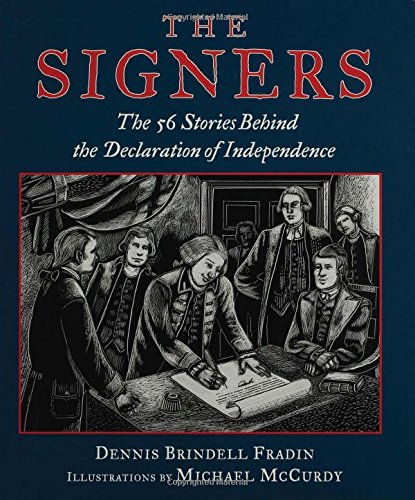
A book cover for The Signers: The 56 Stories Behind the Declaration of Independence; Dennis Brindell Fradin; Children's Books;